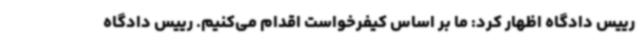
رییس دادگاه اظهار کرد: ما بر اساس کیفرخواست اقدام می‌کنیم. رییس دادگاه